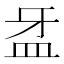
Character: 𥁆